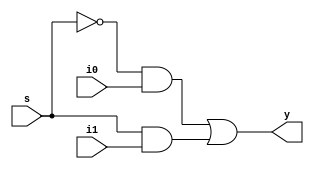
//mux 2 to 1 in gatelevel

module mux2to1 (s,i0,i1,y);
	input s;
	input i0;
	input i1;
	output y;
	/* instance
	mux2to1 m1(.s(),.i0(),.i1(),.y());
	      //    1    1     1    1
	*/
	not n1(s_bar,s);
	
	and a1(w1,s_bar,i0);
	and a2(w2,s,i1);
	
	or o1(y,w1,w2);
	
endmodule